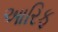
આરિફ